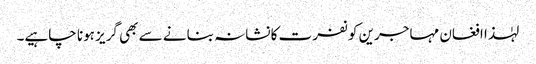
لہٰذا افغان مہاجرین کو نفرت کا نشانہ بنانے سے بھی گریز ہونا چاہیے۔